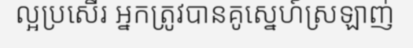
ល្អប្រសើរ អ្នកត្រូវបានគូស្នេហ៍ស្រឡាញ់